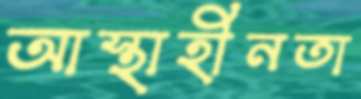
আস্থাহীনতা